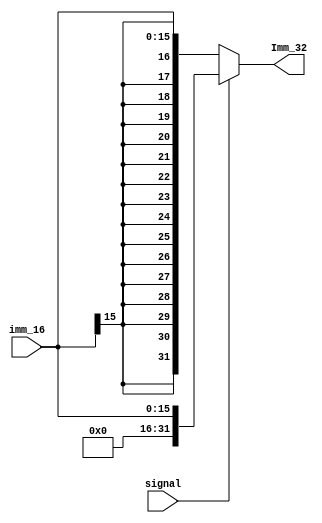
module Ext_32(input [15:0] imm_16,
				  input signal,
				  output reg[31:0] Imm_32
				 );
	always @* begin
		if(signal == 0)
			Imm_32 = {{16{imm_16[15]}},imm_16};			//չΪ32λ
		else
			Imm_32 = {{16{0}}, imm_16};
		end
endmodule